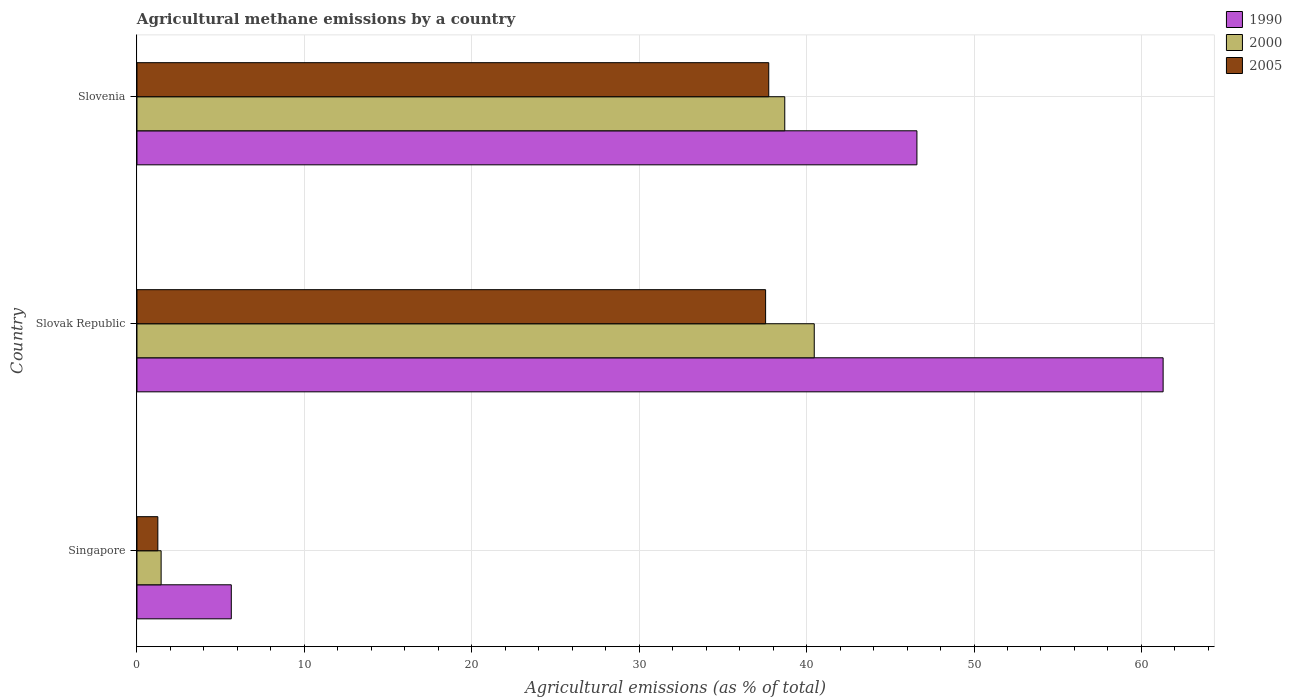
| Country | 1990 | 2000 | 2005 |
 | --- | --- | --- | --- |
 | Singapore | 5.63 | 1.44 | 1.25 |
 | Slovak Republic | 61.3 | 40.5 | 37.6 |
 | Slovenia | 46.6 | 38.7 | 37.7 |